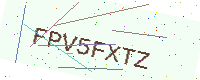
Text: FPV5FXTZ